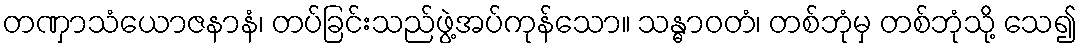
တဏှာသံယောဇနာနံ၊ တပ်ခြင်းသည်ဖွဲ့အပ်ကုန်သော။ သန္ဓာဝတံ၊ တစ်ဘုံမှ တစ်ဘုံသို့ သေ၍